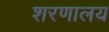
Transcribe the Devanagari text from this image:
शरणालय